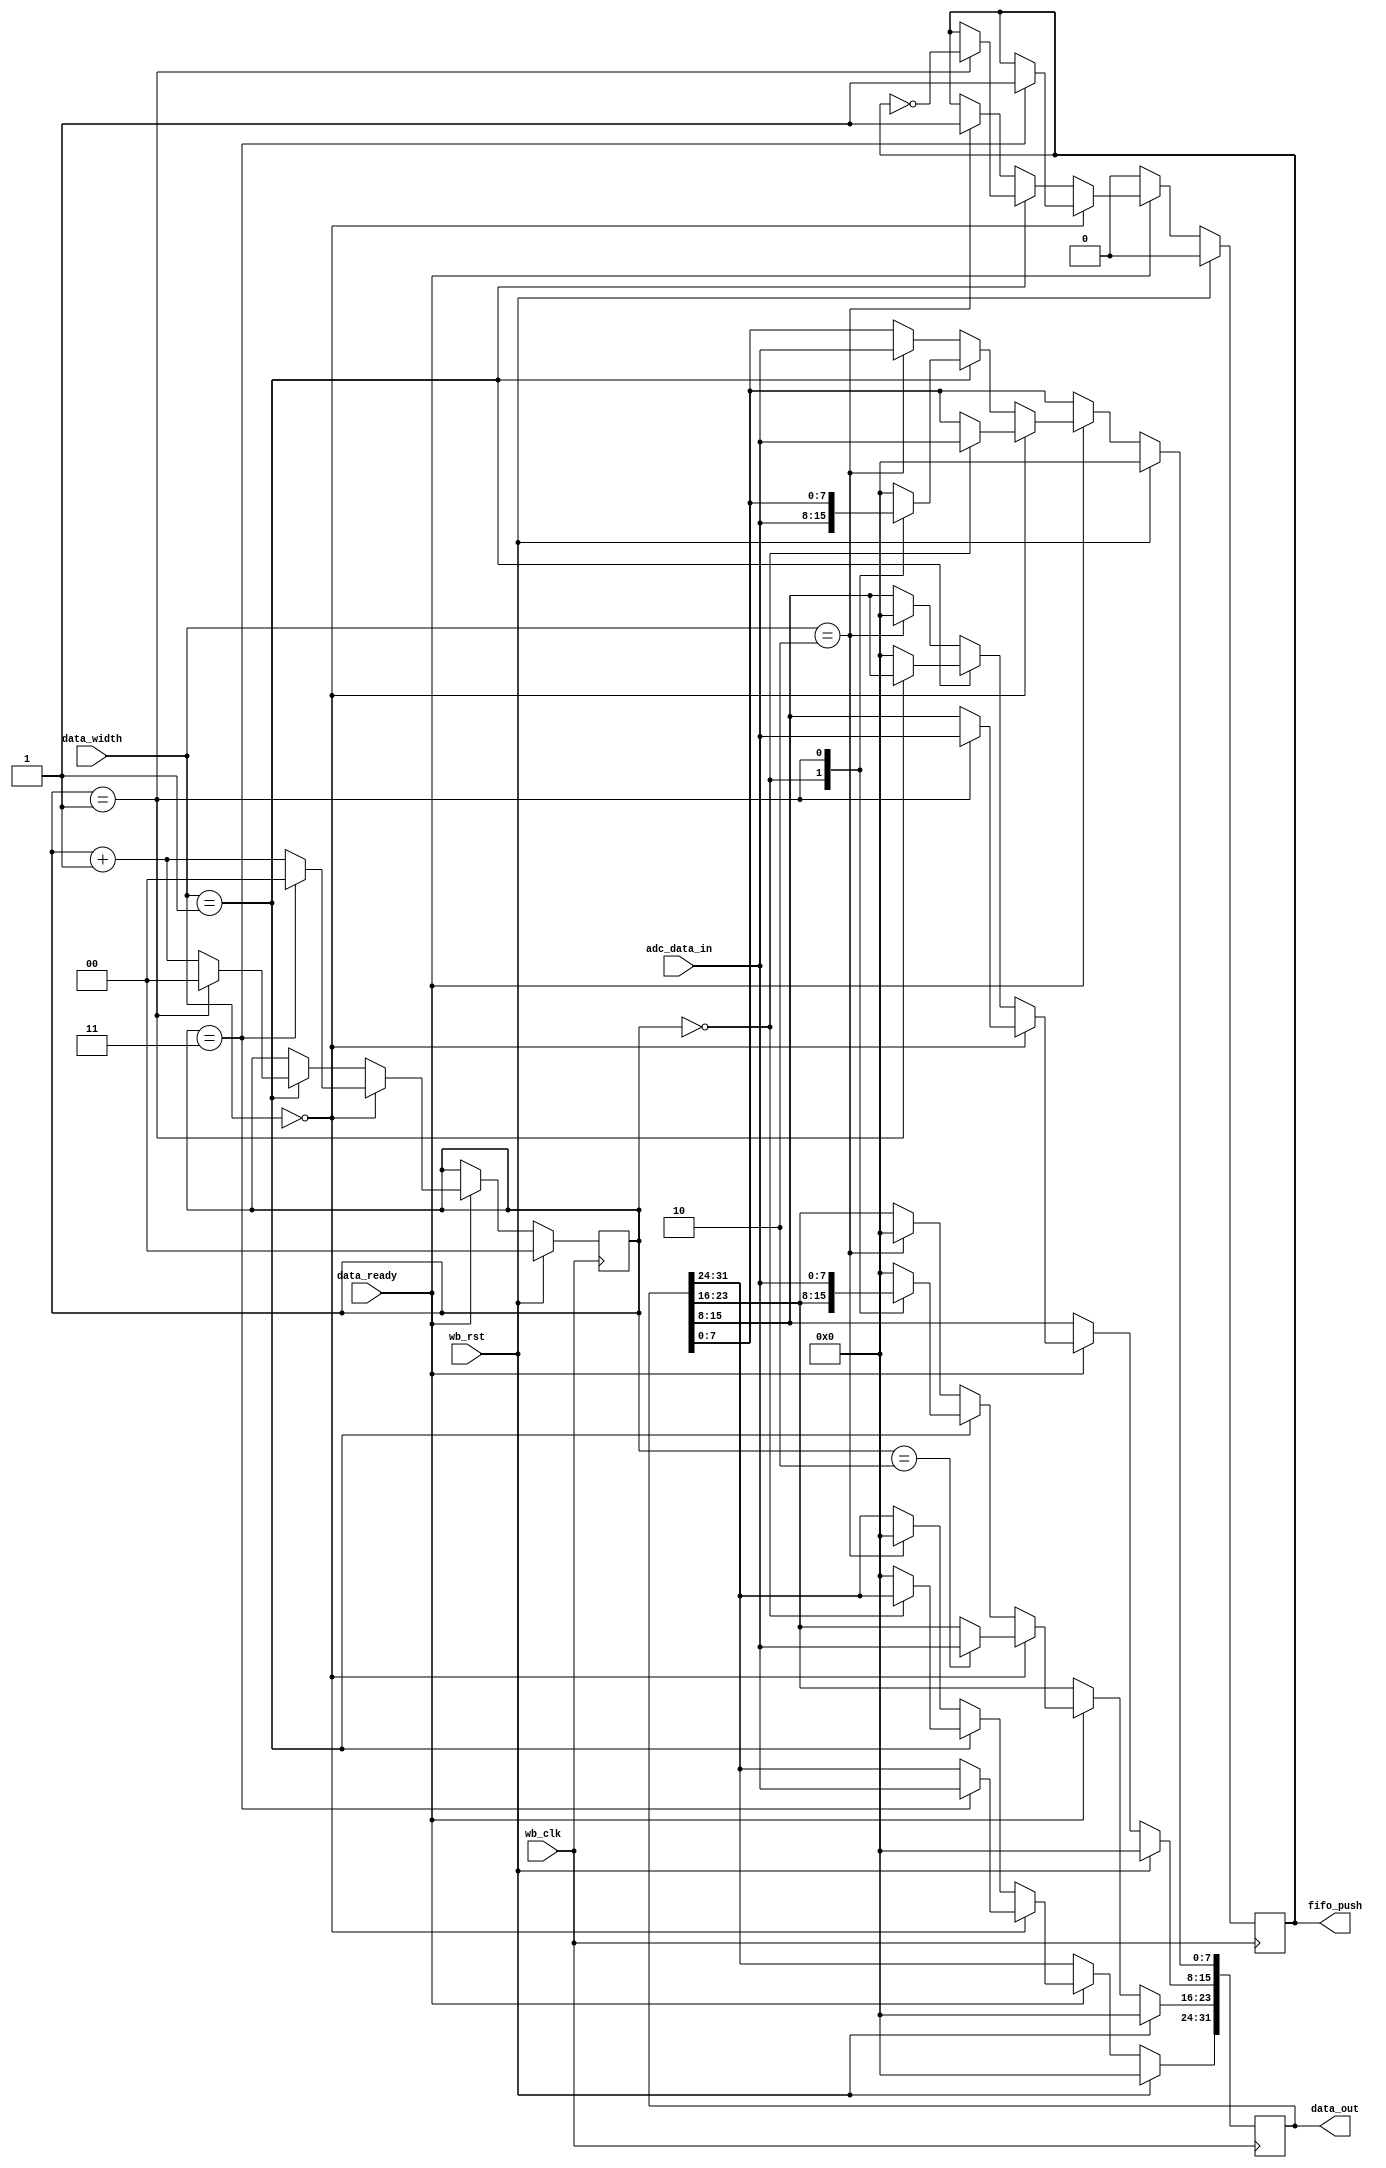
module wb_daq_data_aggregation (
   data_out, fifo_push,
   wb_clk, wb_rst, data_ready, data_width, adc_data_in
   ) ;
   parameter dw = 32;
   parameter adc_dw = 8;
   input wb_clk;
   input wb_rst;
   input data_ready;
   input [1:0] data_width;
   input [adc_dw-1:0] adc_data_in;   
   output reg [dw-1:0] data_out;
   output reg          fifo_push;
   reg [1:0]           byte_location;
   always @(posedge wb_clk)
     if (wb_rst) begin
        data_out <= 0;
        byte_location <= 0;  
        fifo_push <= 0;        
     end else begin
        if (data_ready) begin
           if (data_width == 0) begin
              case (byte_location)
                0: data_out[07:00] <= adc_data_in;                
                1: data_out[15:08] <= adc_data_in;                
                2: data_out[23:16] <= adc_data_in;                
                3: data_out[31:24] <= adc_data_in;                
                default: data_out <= 0;             
              endcase 
              byte_location <= byte_location + 1;
              if (byte_location == 3) begin
                 fifo_push <= 1;                 
                 byte_location <= 0;              
              end
           end else if (data_width == 1) begin 
              case (byte_location)
                0: data_out[15:00] <= adc_data_in;                
                1: data_out[31:16] <= adc_data_in;                
                default: data_out <= 0;             
              endcase 
              byte_location <= byte_location + 1;
              if (byte_location == 1) begin
                 fifo_push <= 1 & !fifo_push;                 
                 byte_location <= 0;              
              end 
           end else if (data_width == 2) begin 
              data_out <= adc_data_in;
              fifo_push <= 1;
           end                                 
        end else begin
        fifo_push <= 1'b0;
        end 
     end 
endmodule